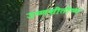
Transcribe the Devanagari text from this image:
उष्णशीतोष्ण